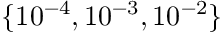
\{ 1 0 ^ { - 4 } , 1 0 ^ { - 3 } , 1 0 ^ { - 2 } \}